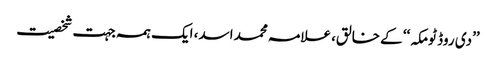
’’دی روڈ ٹومکہ‘‘ کے خالق، علامہ محمد اسد، ایک ہمہ جہت شخصیت